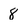
Character: 8